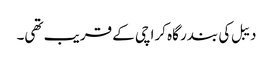
دیبل کی بندر گاہ کراچی کے قریب تھی۔